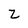
Character: z